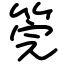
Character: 筦